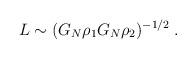
\begin{align*}L \sim (G_N \rho_1 G_N\rho_2)^{-1/2}\;.\end{align*}